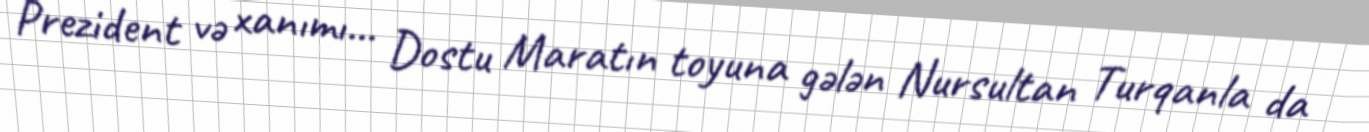
Prezident və xanımı... Dostu Maratın toyuna gələn Nursultan Turqanla da